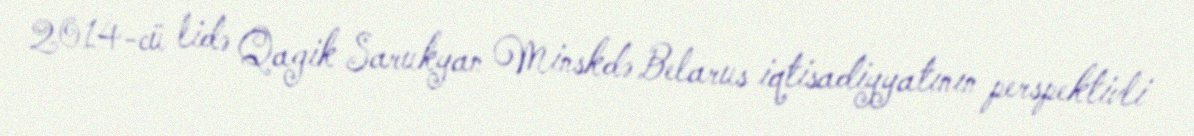
2014-cü lidə Qagik Sarukyan Minskdə Belarus iqtisadiyyatının perspektivli